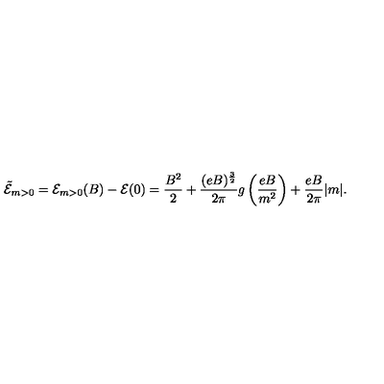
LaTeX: { \tilde { \cal { E } } } _ { m > 0 } = { \cal { E } } _ { m > 0 } ( B ) - { \cal { E } } ( 0 ) = \frac { B ^ { 2 } } { 2 } + \frac { ( e B ) ^ { \frac { 3 } { 2 } } } { 2 \pi } g \left( \frac { e B } { m ^ { 2 } } \right) + \frac { e B } { 2 \pi } | m | .